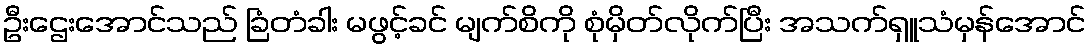
ဦးဌေးအောင်သည် ခြံတံခါး မဖွင့်ခင် မျက်စိကို စုံမှိတ်လိုက်ပြီး အသက်ရှူသံမှန်အောင်